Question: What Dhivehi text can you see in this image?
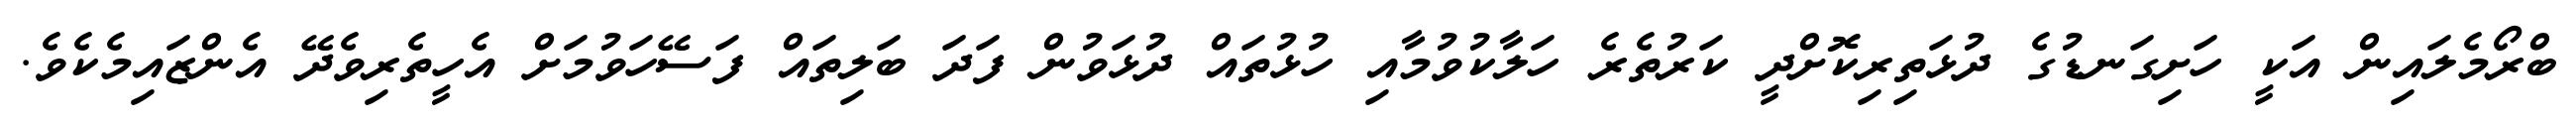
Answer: ބްރޯމެލައިން އަކީ ހަށިގަނޑުގެ ދުޅަތިރިކޮށްދީ ކަރުތެރެ ހަލާކުވުމާއި ހުޅުތައް ދުޅަވުން ފަދަ ބަލިތައް ފަސޭހަވުމަށް އެހީތެރިވެދޭ އެންޒައިމެކެވެ.